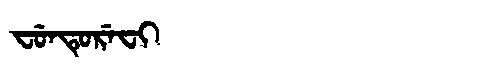
Manchu: ᠸᡠᠨᡨᡠᡵᡝᠸᡳ
Romanization: FUNTUREFI